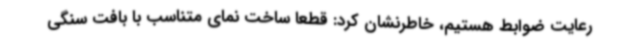
رعایت ضوابط هستیم، خاطرنشان کرد: قطعاً ساخت نمای متناسب با بافت سنگی